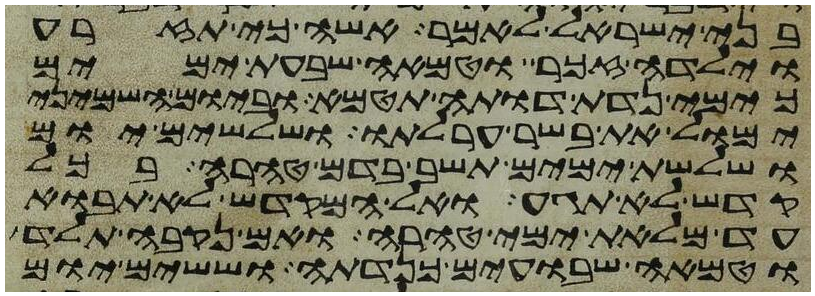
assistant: בני ישראל לאמר אשה כי תזרע
וילדה זכר וטמאה שבעת ימים
כימי נדת דותה תטמא וביום השמיני
ימול את בשר ערלתו ושלשים יום
ושלשת ימים תשב בדם טהרה בכל
קדש לא תגע ואל המקדש לא תבוא
עד מלאת ימי טהרה ואם נקבה תלד
וטמאה שבועים כנדתה וששים יום